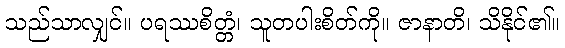
သည်သာလျှင်။ ပရဿစိတ္တံ၊ သူတပါးစိတ်ကို။ ဇာနာတိ၊ သိနိုင်၏။